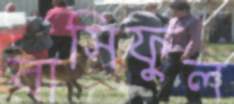
বাসিফুল